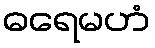
ဓရေမဟံ